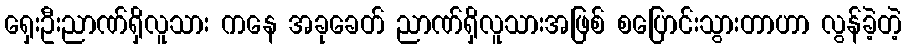
ရှေးဦးညာဏ်ရှိလူသား ကနေ အခုခေတ် ညာဏ်ရှိလူသားအဖြစ် စပြောင်းသွားတာဟာ လွန်ခဲ့တဲ့